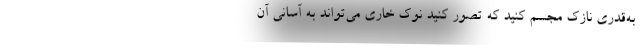
به‌قدری نازک مجسم کنید که تصور کنید نوک خاری می‌تواند به آسانی آن